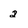
Character: 2